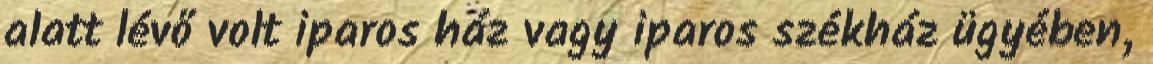
alatt lévő volt iparos ház vagy iparos székház ügyében,